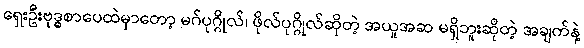
ရှေးဦးဗုဒ္ဓစာပေထဲမှာတော့ မဂ်ပုဂ္ဂိုလ်၊ ဖိုလ်ပုဂ္ဂိုလ်ဆိုတဲ့ အယူအဆ မရှိဘူးဆိုတဲ့ အချက်နဲ့